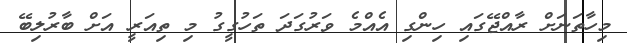
މިހާތަނަށް ރާއްޖޭގައި ހިންގި އެއްމެ ވަރުގަދަ ތަހުގީގު މި ތިއަރީ އަށް ބާރުލިބޭ